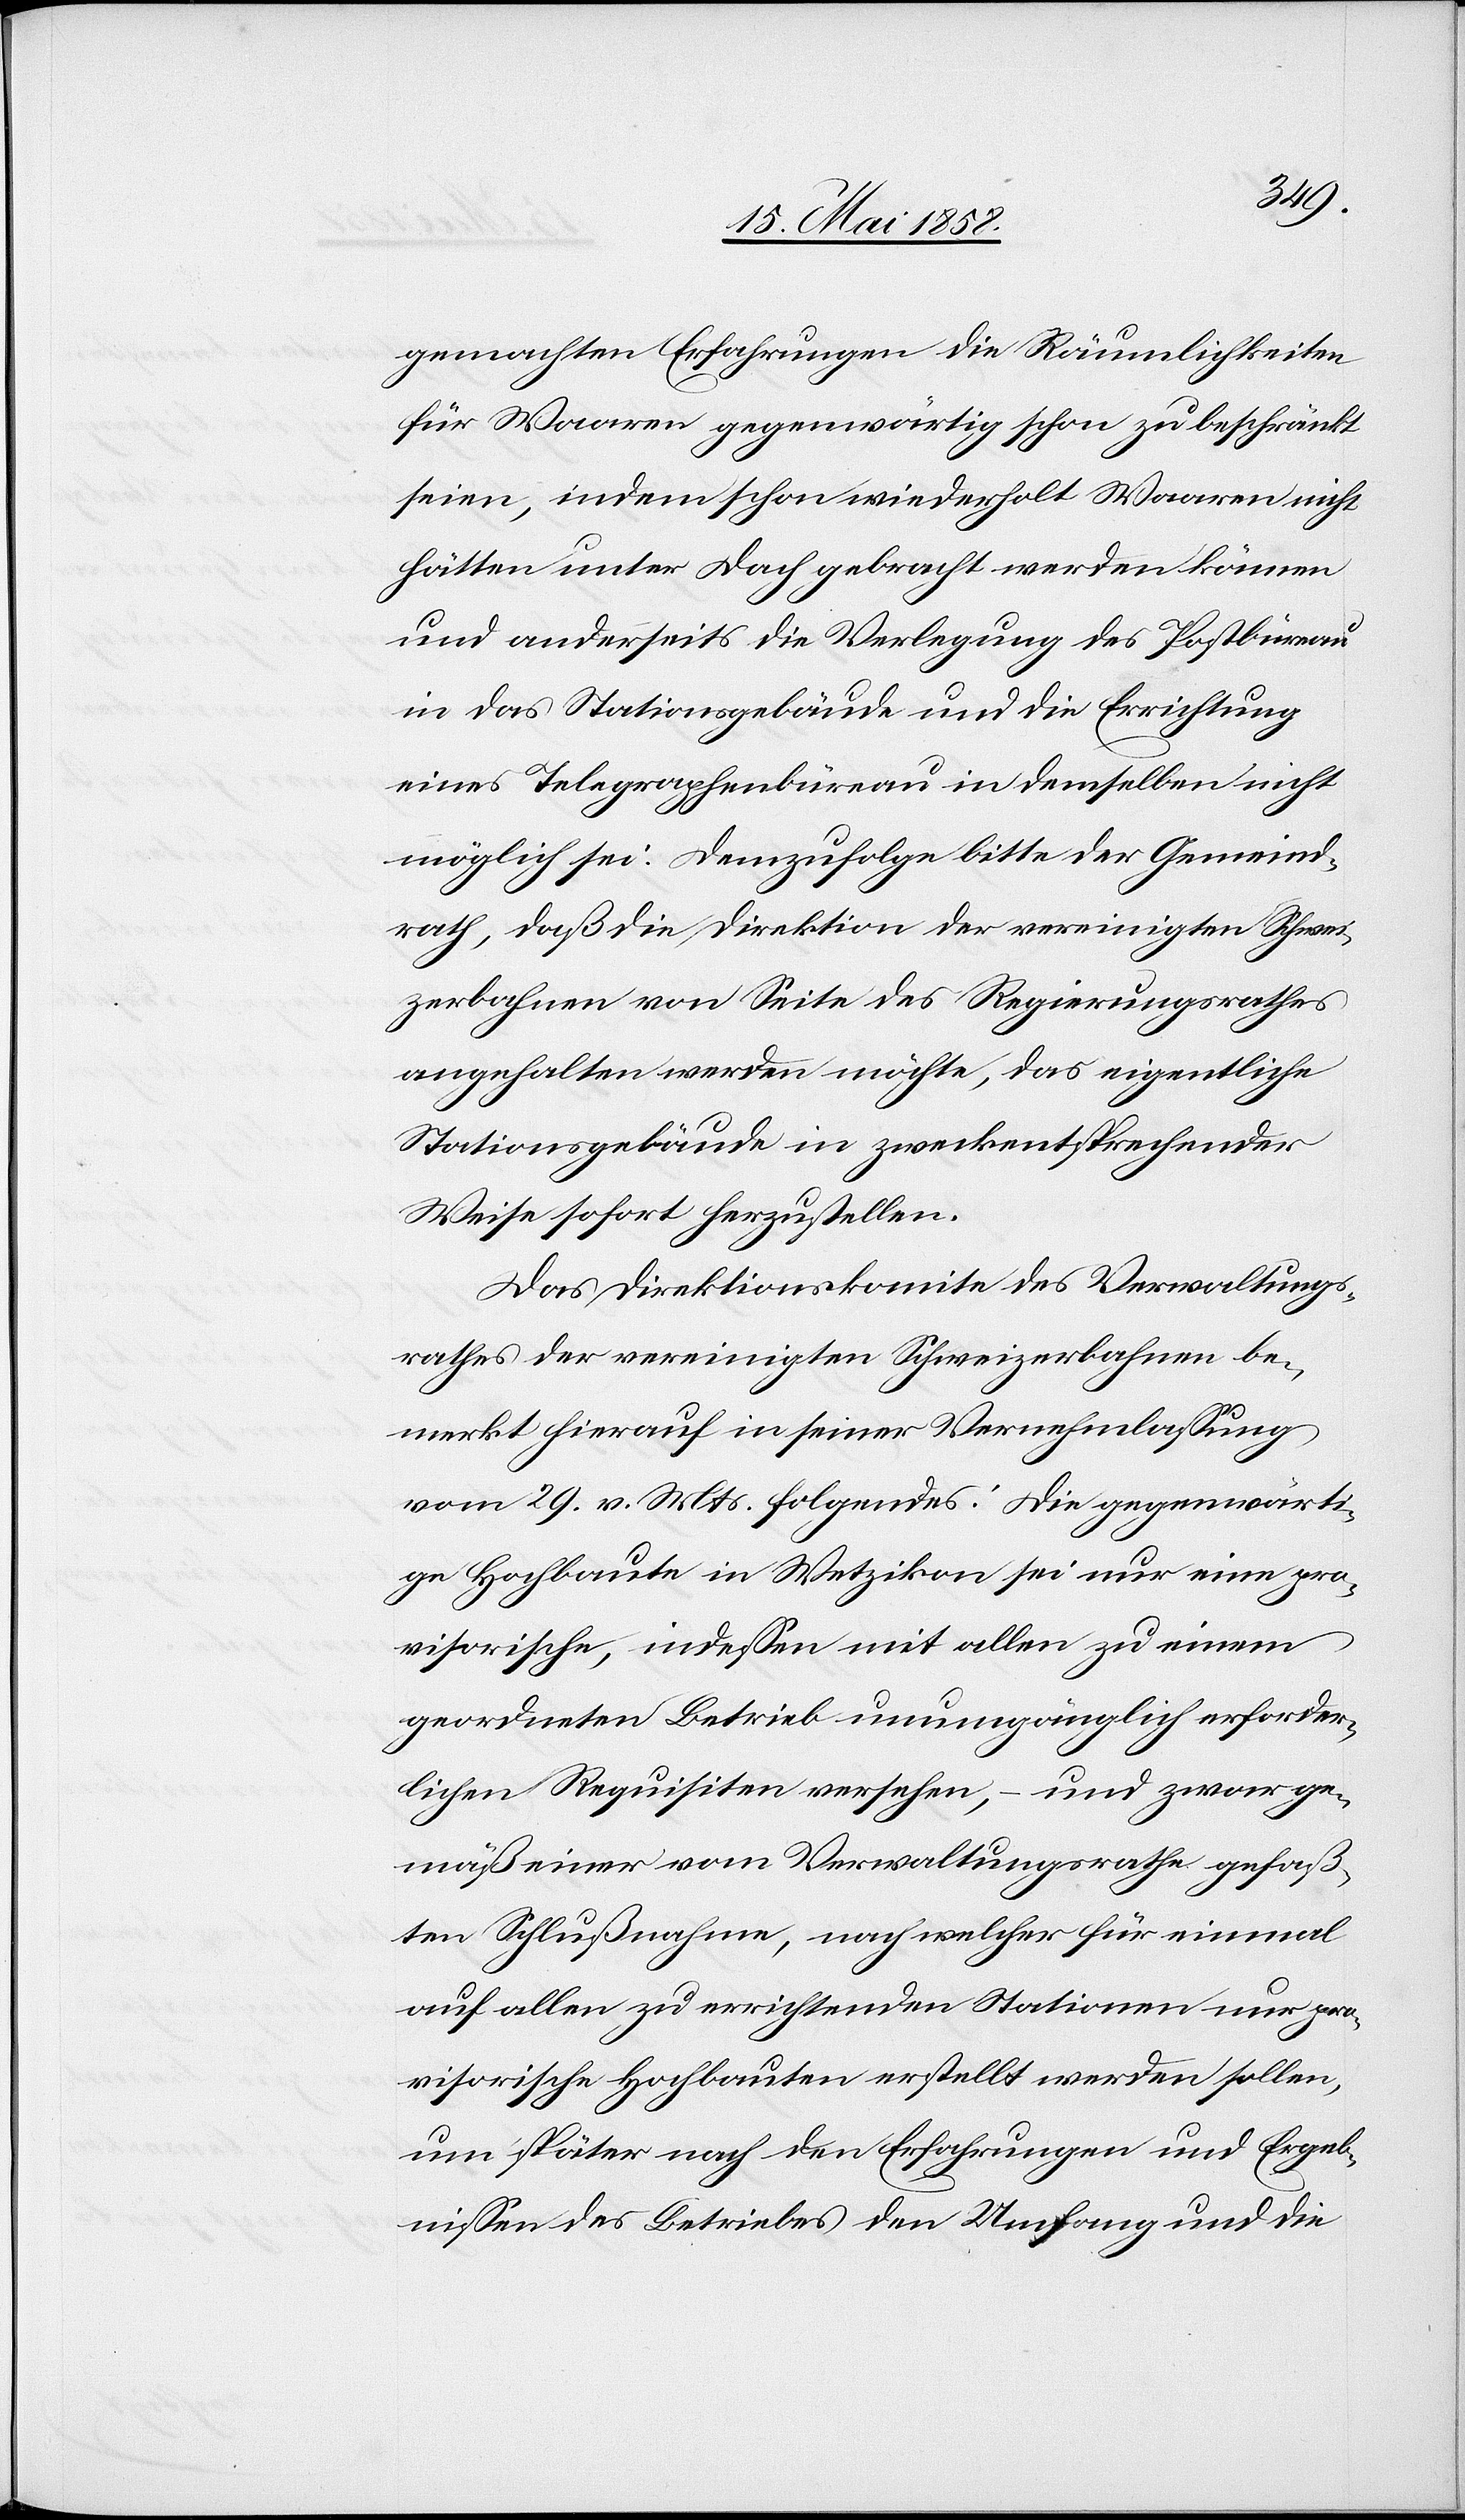
gemachten Erfahrungen die Räumlichkeiten
für Waaren gegenwärtig schon zu beschränkt
seien, indem schon wiederholt Waaren nicht
hätten unter Dach gebracht werden können
und anderseits die Verlegung des Postbureau
in das Stationsgebäude und die Errichtung
eines Telegraphenbüreau in demselben nicht
möglich sei. Demzufolge bitte der Gemeind¬
rath, daß die Direktion der vereinigten Schwei¬
zerbahnen von Seite des Regierungsrathes
angehalten werden möchte, das eigentliche
Stationsgebäude in zweckentsprechender
Weise sofort herzustellen.
Das Direktionskomite des Verwaltungs¬
rathes der vereinigten Schweizerbahnen be¬
merkt hierauf in seiner Vernehmlassung
vom 29. v. Mts. folgendes: Die gegenwärti¬
ge Hochbaute in Wetzikon sei nur eine pro¬
visorische, indessen mit allen zu einem
geordneten Betrieb unumgänglich erforder¬
lichen Requisiten versehen, – und zwar ge¬
mäß einer vom Verwaltungsrathe gefaß¬
ten Schlußnahme, nach welcher für einmal
auf allen zu errichtenden Stationen nur pro¬
visorische Hochbauten erstellt werden sollen,
um später nach den Erfahrungen und Ergeb¬
nissen des Betriebes den Umfang und die